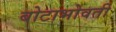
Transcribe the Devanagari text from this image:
बोटाभोवती